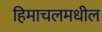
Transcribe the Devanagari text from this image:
हिमाचलमधील